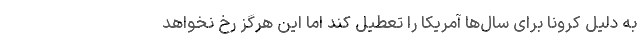
به دلیل کرونا برای سال‌ها آمریکا را تعطیل کند اما این هرگز رخ نخواهد